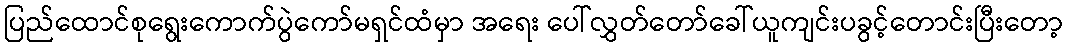
ပြည်ထောင်စုရွေးကောက်ပွဲကော်မရှင်ထံမှာ အရေး ပေါ်လွှတ်တော်ခေါ်ယူကျင်းပခွင့်တောင်းပြီးတော့